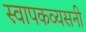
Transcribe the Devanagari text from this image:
स्वापकव्यसनी